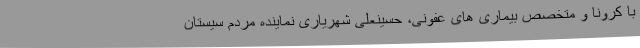
با کرونا و متخصص بیماری های عفونی، حسینعلی شهریاری نماینده مردم سیستان